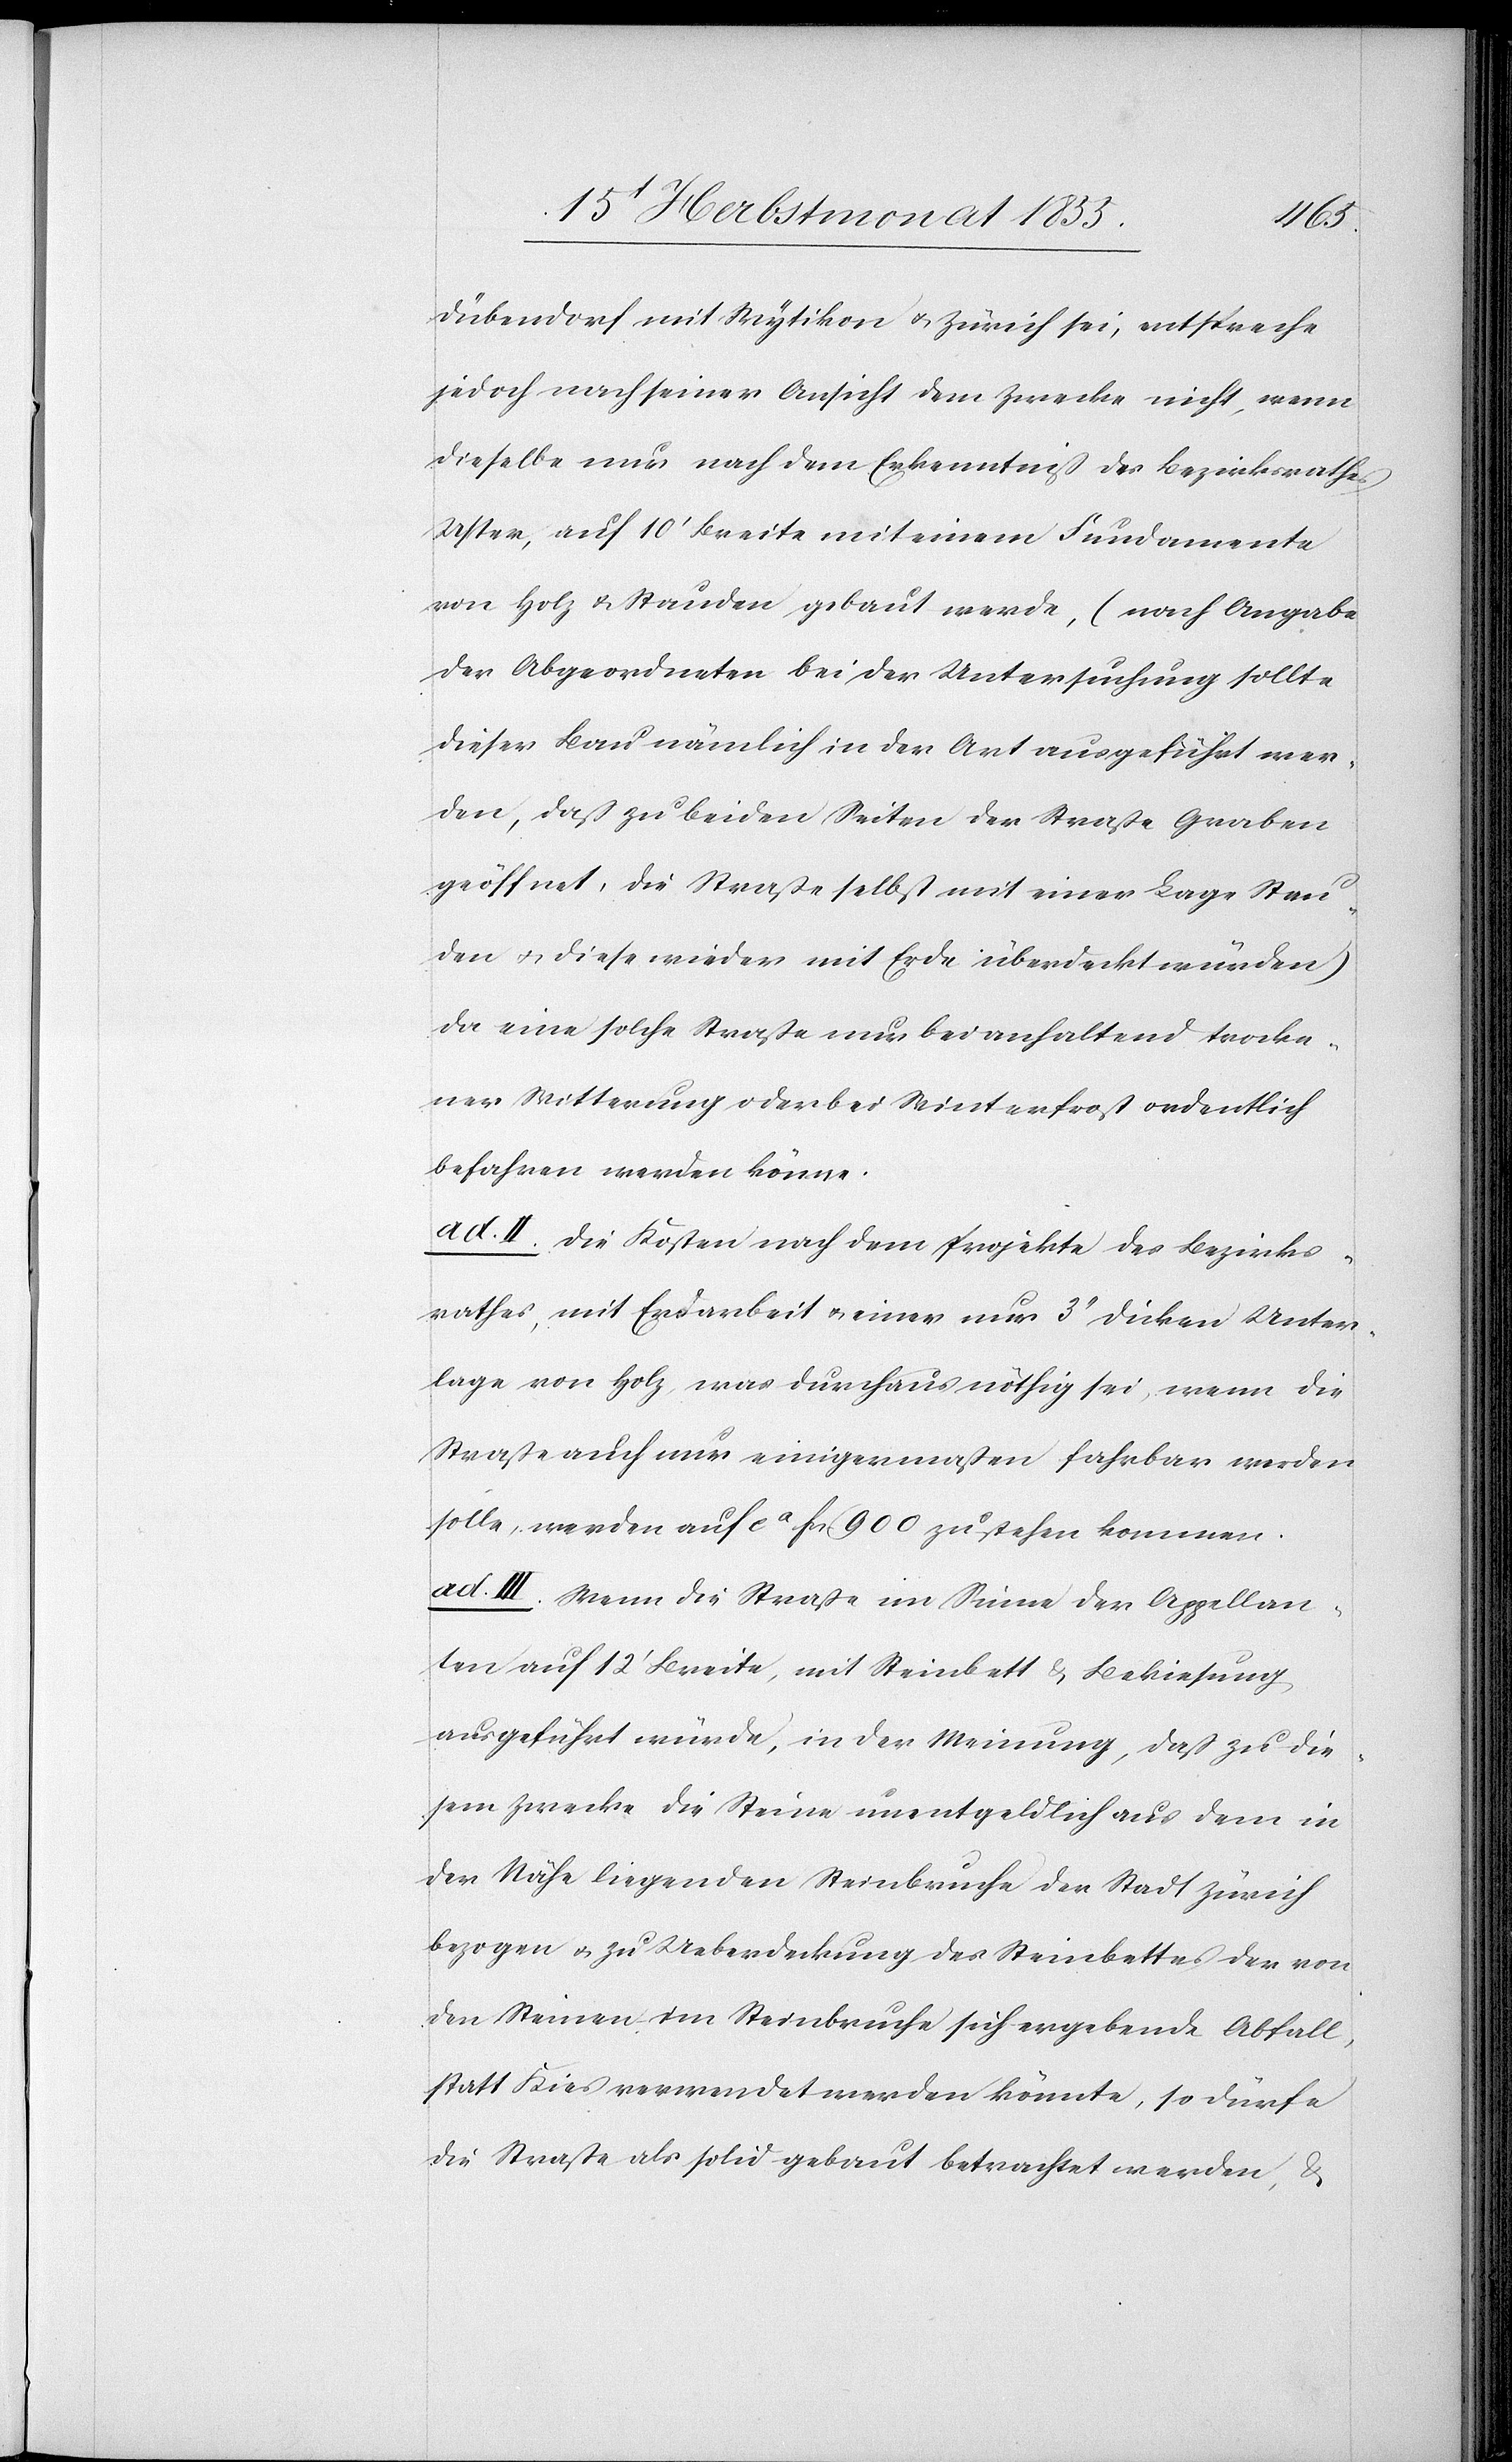
Dübendorf mit Wytikon & Zürich sei, entspreche
jedoch nach seiner Ansicht dem Zwecke nicht, wenn
dieselbe nur nach dem Erkenntniß des Bezirksrathes
Uster, auf 10‘ Breite mit einem Fundamente
von Holz & Stauden gebaut werde, (nach Angabe
der Abgeordneten bei der Untersuchung sollte
dieser Bau nämlich in der Art ausgeführt wer¬
den, daß zu beiden Seiten der Straße Graben
geöffnet, die Straße selbst mit einer Lage Stau¬
den & diese wieder mit Erde überdeckt würden)
da eine solche Straße nur bei anhaltend trocke¬
ner Witterung oder bei Winterfrost ordentlich
befahren werden könne.
ad. II. Die Kosten nach dem Projekte des Bezirks¬
rathes, mit Erdarbeit & einer nur 3‘‘ dicken Unter¬
lage von Holz, was durchaus nöthig sei, wenn die
Straße auch nur einigermaßen fahrbar werden
solle, werden auf ca Fcs. 900 zu stehen kommen.
ad. III. Wenn die Straße im Sinne der Appellan¬
ten auf 12‘ Breite, mit Steinbett & Bekiesung
ausgeführt würde, in der Meinung, daß zu die¬
sem Zwecke die Steine unentgeldlich aus dem in
der Nähe liegenden Steinbruche der Stadt Zürich
bezogen & zu Ueberdeckung des Steinbettes der von
den Steinen im Steinbruche sich ergebende Abfall,
statt Kies verwendet werden könnte, so dürfe
die Straße als solid gebaut betrachtet werden, &